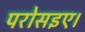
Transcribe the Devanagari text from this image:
परोसइए।